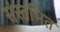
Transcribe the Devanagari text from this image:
संस्तभित